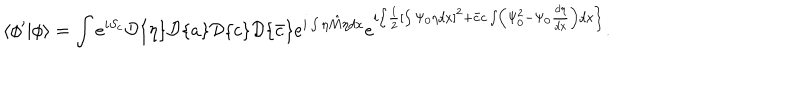
\langle \phi ^ { \prime } | \phi \rangle = \int e ^ { i S _ { c } } { \cal D } \{ \eta \} { \cal D } \{ a \} { \cal D } \{ c \} { \cal D } \{ \bar { c } \} e ^ { i \int \eta \hat { M } \eta d x } e ^ { i \left\{ \frac { 1 } { 2 } \left[ \int \Psi _ { 0 } \eta d x \right] ^ { 2 } + \bar { c } c \int \left( \Psi _ { 0 } ^ { 2 } - \Psi _ { 0 } \frac { d \eta } { d x } \right) d x \right\} } .